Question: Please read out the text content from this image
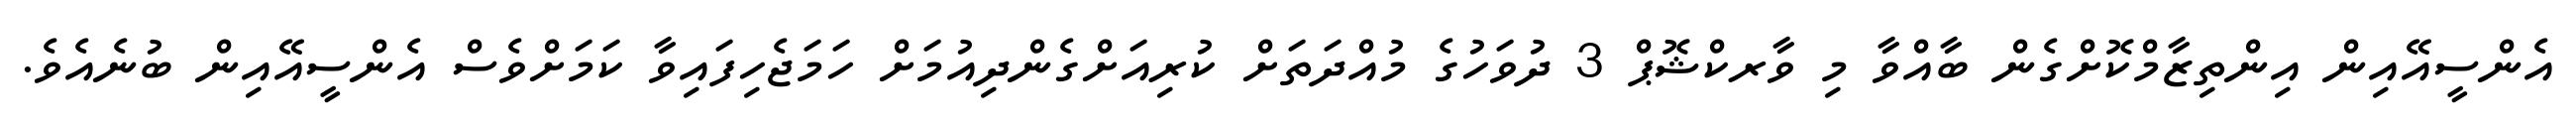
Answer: އެންސީއޭއިން އިންތިޒާމްކޮށްގެން ބާއްވާ މި ވާރކްޝޮޕް 3 ދުވަހުގެ މުއްދަތަށް ކުރިއަށްގެންދިއުމަށް ހަމަޖެހިފައިވާ ކަމަށްވެސް އެންސީއޭއިން ބުނެއެވެ.